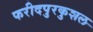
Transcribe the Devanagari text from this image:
फरीदपुरकुशल